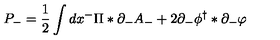
P _ { - } = \frac 1 2 \int d x ^ { - } \Pi \ast \partial _ { - } A _ { - } + 2 \partial _ { - } \phi ^ { \dag } \ast \partial _ { - } \varphi